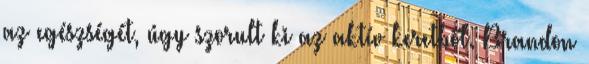
az egészségét, úgy szorult ki az aktív keretből. Brandon